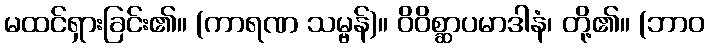
မထင်ရှားခြင်း၏။ (ကာရဏ သမ္ဗန်)။ ဝိဝိစ္ဆာပမာဒါနံ၊ တို့၏။ (ဘာဝ